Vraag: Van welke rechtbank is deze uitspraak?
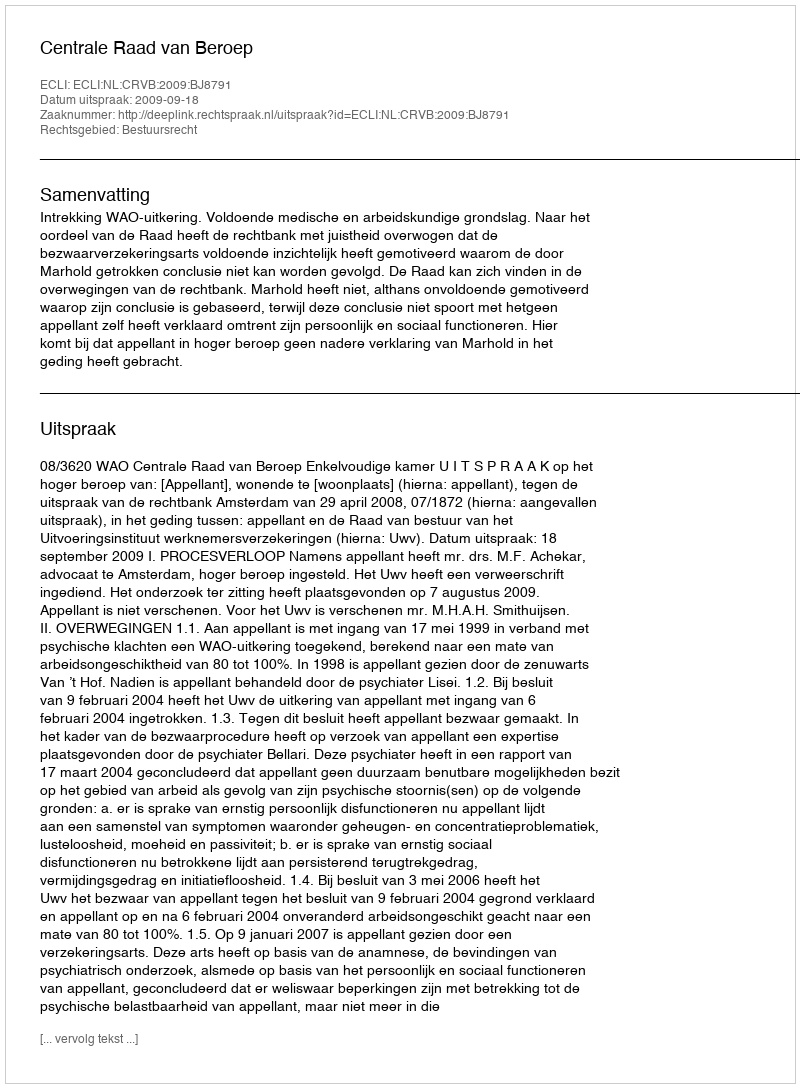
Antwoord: Centrale Raad van Beroep